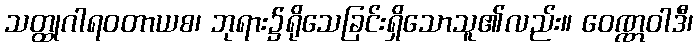
သတ္ထုဂါရဝတာယစ၊ ဘုရား၌ရိုသေခြင်းရှိသောသူ၏လည်း။ ဝေဏ္ဏဝါဒီ၊